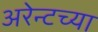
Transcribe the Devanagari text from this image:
अरेन्टच्या